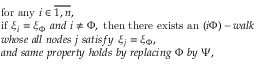
\begin{array} { l } { \mathrm { f o r ~ a n y } \ i \in \overline { { 1 , n } } , } \\ { \mathrm { i f ~ } \xi _ { i } = \xi _ { \Phi } \ { a n d } \ i \not = \Phi , \mathrm { ~ t h e n ~ t h e r e ~ e x i s t s ~ a n ~ } ( i \Phi ) - w a l k } \\ { w h o s e \ a l l \ n o d e s \ j \ s a t i s f y \ \xi _ { j } = \xi _ { \Phi } , } \\ { a n d \ s a m e \ p r o p e r t y \ h o l d s \ b y \ r e p l a c i n g \ \Phi \ b y \ \Psi , } \end{array}